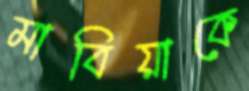
মাবিয়াকে